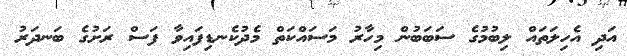
އަދި އެހިލަތައް ލިބުމުގެ ސަބަބުން މިހާރު މަސައްކަތް މެދުކެނޑިފައިވާ ފަސް ރަށުގެ ބަނދަރު